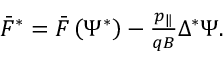
\begin{array} { r } { \bar { F } ^ { * } = \bar { F } \left( \Psi ^ { * } \right) - \frac { p _ { \| } } { q B } \Delta ^ { * } \Psi . } \end{array}